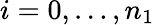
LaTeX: i=0,\ldots,n_{1}